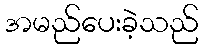
အမည်ပေးခဲ့သည်